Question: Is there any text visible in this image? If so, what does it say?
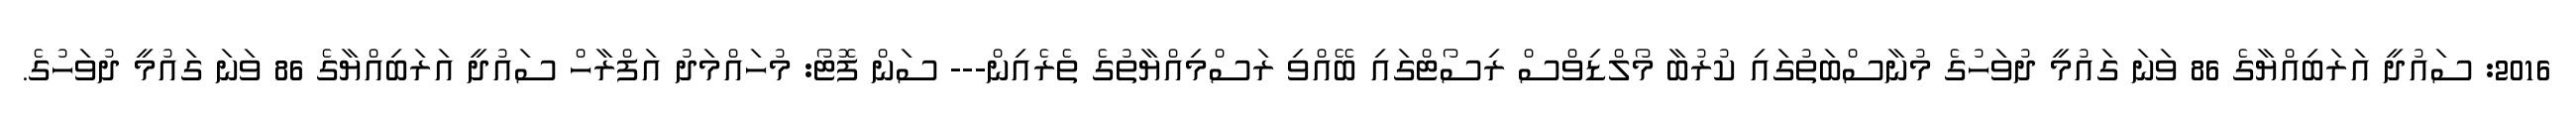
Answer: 2016: ސައުދީ އަރަބިއްޔާގެ 86 ވަނަ ގައުމީ ދުވަހުގެ މުނާސްބަތުގައި ކުރުބާ މޯލްޑިވްސް ރިސޯޓްގައި ބޭއްވި ރަސްމިއްޔާތުގެ ތެރެއިން--- ސަން ފޮޓޯ: މުހައްމަދު އަފްރާހް ސައުދީ އަރަބިއްޔާގެ 86 ވަނަ ގައުމީ ދުވަހުގެ.